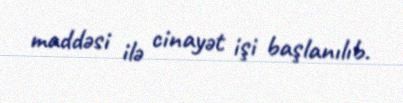
maddəsi ilə cinayət işi başlanılıb.